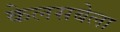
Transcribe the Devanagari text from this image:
केलसबेला